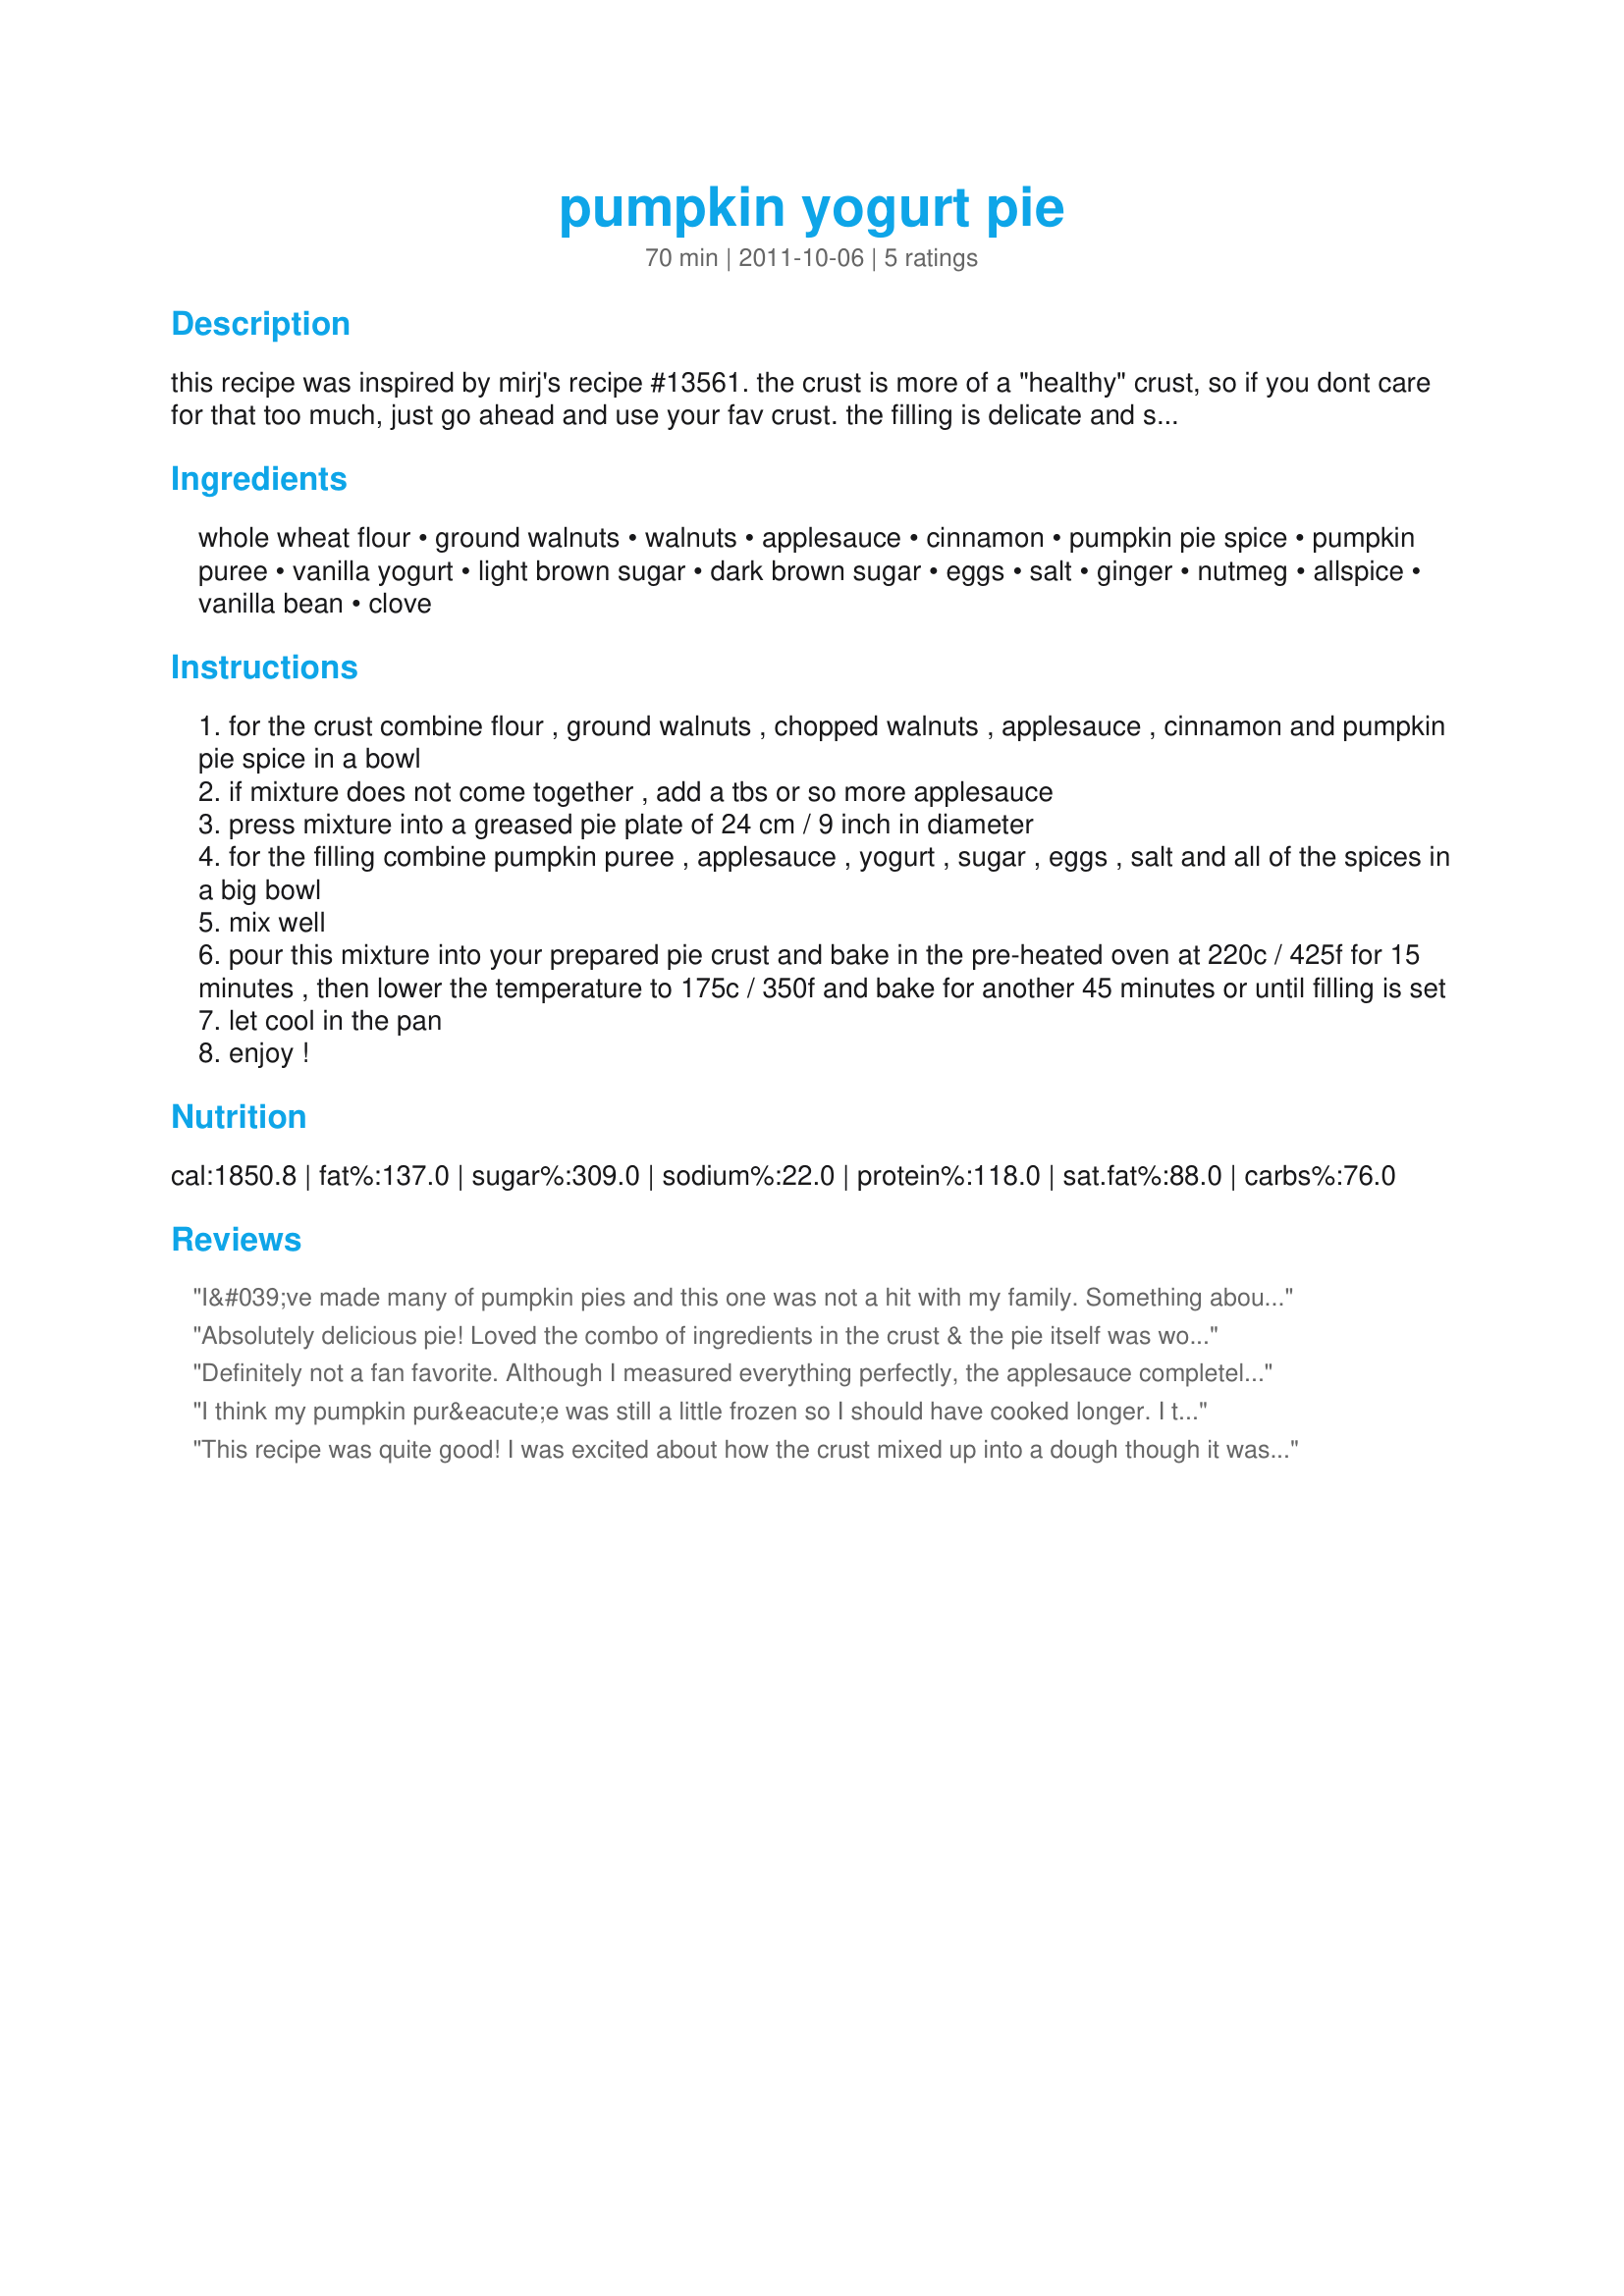
pumpkin yogurt pie
Preparation time: 70 minutes

this recipe was inspired by mirj's recipe #13561.
the crust is more of a "healthy" crust, so if you dont care for that too much, just go ahead and use your fav crust. the filling is delicate and smooth with great holiday flavours. i loved it and i hope you do, too.

Ingredients:
whole wheat flour, ground walnuts, walnuts, applesauce, cinnamon, pumpkin pie spice, pumpkin puree, vanilla yogurt, light brown sugar, dark brown sugar, eggs, salt, ginger, nutmeg, allspice, vanilla bean, clove

Steps:
for the crust combine flour , ground walnuts , chopped walnuts , applesauce , cinnamon and pumpkin pie spice in a bowl
if mixture does not come together , add a tbs or so more applesauce
press mixture into a greased pie plate of 24 cm / 9 inch in diameter
for the filling combine pumpkin puree , applesauce , yogurt , sugar , eggs , salt and all of the spices in a big bowl
mix well
pour this mixture into your prepared pie crust and bake in the pre-heated oven at 220c / 425f for 15 minutes , then lower the temperature to 175c / 350f and bake for another 45 minutes or until filling is set
let cool in the pan
enjoy !

Reviews:
I&#039;ve made many of pumpkin pies and this one was not a hit with my family. Something about the flavor was just amiss. I don&#039;t know if it was because I used an off brand of yogurt and pumpkin or what. I may make this again with name brand ingredients to see if that was the problem. Crust was good. Thanks for sharing your recipe.
Absolutely delicious pie! Loved the combo of ingredients in the crust & the pie itself was wonderful! Shared it with a neighbor couple, & it got nothing but raves! I'll definitely be making this one again several times, I'm sure, before the end of the year! Thanks for sharing it! [Tagged & made in Please Review My Recipe]
Definitely not a fan favorite. Although I measured everything perfectly, the applesauce completely overwhelms the other flavors and the yogurt adds an awful tanginess to it. You end up with a tangy, applesauce pie instead of a different version of pumpkin pie. I will never do this one again.
I think my pumpkin pur&eacute;e was still a little frozen so I should have cooked longer. I tried an extra 10 minutes but still didn't seem as firm as the picture.
This recipe was quite good! I was excited about how the crust mixed up into a dough though it was a little too so I plan on tweaking it next time; I was thinking about using part graham cracker crumbs. Also, I thought I had vanilla yogurt but it was plain so my filling was a bit more tangy than I would have liked but that is no fault of the recipe&#039;s. I just added some extra vanilla this time gut I&#039;ll be sure to have the right yogurt next time. Great mix of spices and great pumpkin flavor! Also, I may play with using agave or honey next time. Thanks for posting this recipe!
